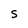
Character: S